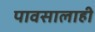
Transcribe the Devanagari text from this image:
पावसालाही